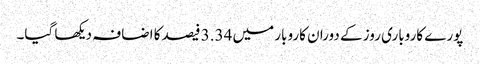
پورے کاروباری روز کے دوران کاروبار میں 3.34 فیصد کا اضافہ دیکھا گیا۔